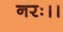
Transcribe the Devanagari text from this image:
नरः।।